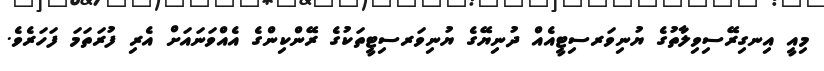
މިއީ އިނގިރޭސިވިލާތުގެ ޔުނިވަރސިޓީއެއް ދުނިޔޭގެ ޔުނިވަރސިޓީތަކުގެ ރޭންކިންގެ އެއްވަނައަށް އެރި ފުރަތަމަ ފަހަރެވެ.